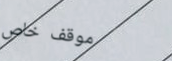
موقف خاص